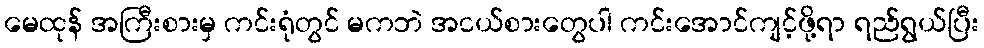
မေထုန် အကြီးစားမှ ကင်းရုံတွင် မကဘဲ အငယ်စားတွေပါ ကင်းအောင်ကျင့်ဖို့ရာ ရည်ရွယ်ပြီး